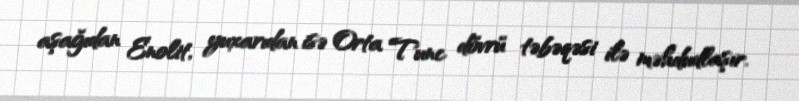
aşağıdan Enolit, yuxarıdan isə Orta Tunc dövrü təbəqəsi ilə məhdudlaşır.